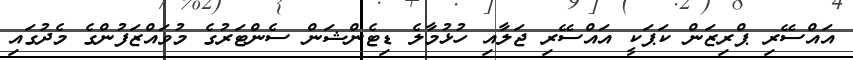
އައްސޭރި ޕްރިޒަން ކަޕަކީ އައްސޭރި ޖަލާއި ހުޅުމާލެ ޑިޓެންޝަން ސެންޓަރުގެ މުވައްޒަފުންގެ މެދުގައި